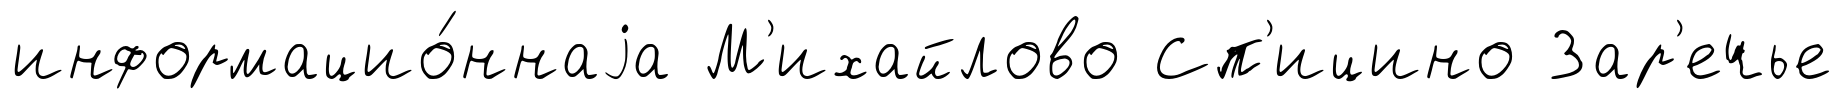
информацио́ннаjа М'ихайлово Сп'ицино Зар'ечье